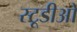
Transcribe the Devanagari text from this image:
स्टूडीओ